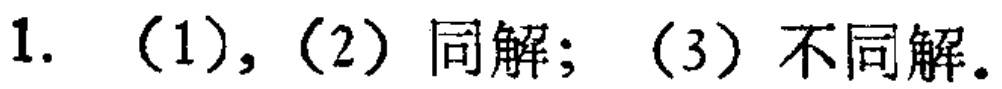
1. （1）,（2）同解；（3）不同解。